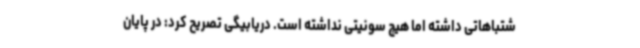
شتباهاتی داشته اما هیچ سونیتی نداشته است. دریابیگی تصریح کرد: در پایان